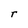
Character: r